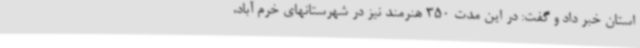
استان خبر داد و گفت: در این مدت 350 هنرمند نیز در شهرستانهای خرم آباد،